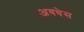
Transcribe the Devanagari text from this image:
अवधेस